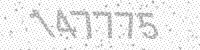
Solution: 147775